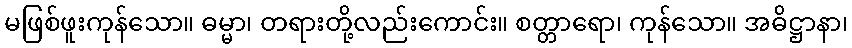
မဖြစ်ဖူးကုန်သော။ ဓမ္မာ၊ တရားတို့လည်းကောင်း။ စတ္တာရော၊ ကုန်သော။ အဓိဋ္ဌာနာ၊